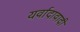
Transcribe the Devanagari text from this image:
यर्वादावादी